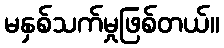
မနှစ်သက်မှုဖြစ်တယ်။